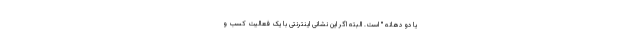
یا دو دهانه " است. البته اگر این نشانی اینترنتی با یک فعالیت کسب و